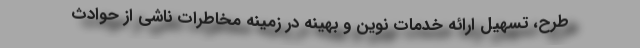
طرح، تسهیل ارائه خدمات نوین و بهینه در زمینه مخاطرات ناشی از حوادث